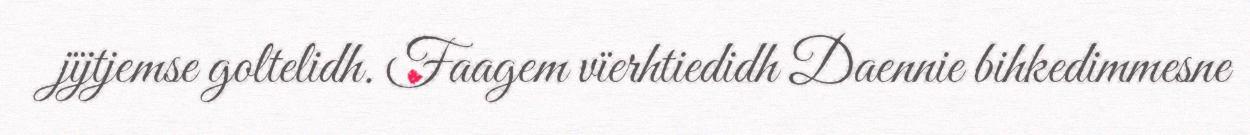
jïjtjemse goltelidh. Faagem vïerhtiedidh Daennie bihkedimmesne